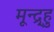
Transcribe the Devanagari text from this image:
मून्द्र्हु